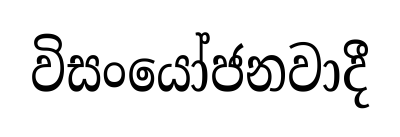
විසංයෝජනවාදී